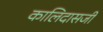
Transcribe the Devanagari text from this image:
कालिदासजी